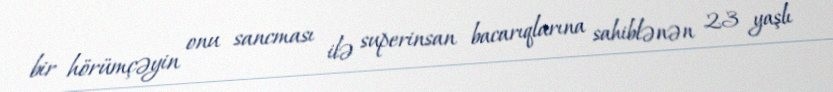
bir hörümçəyin onu sancması ilə superinsan bacarıqlarına sahiblənən 23 yaşlı